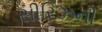
સીરિઝની